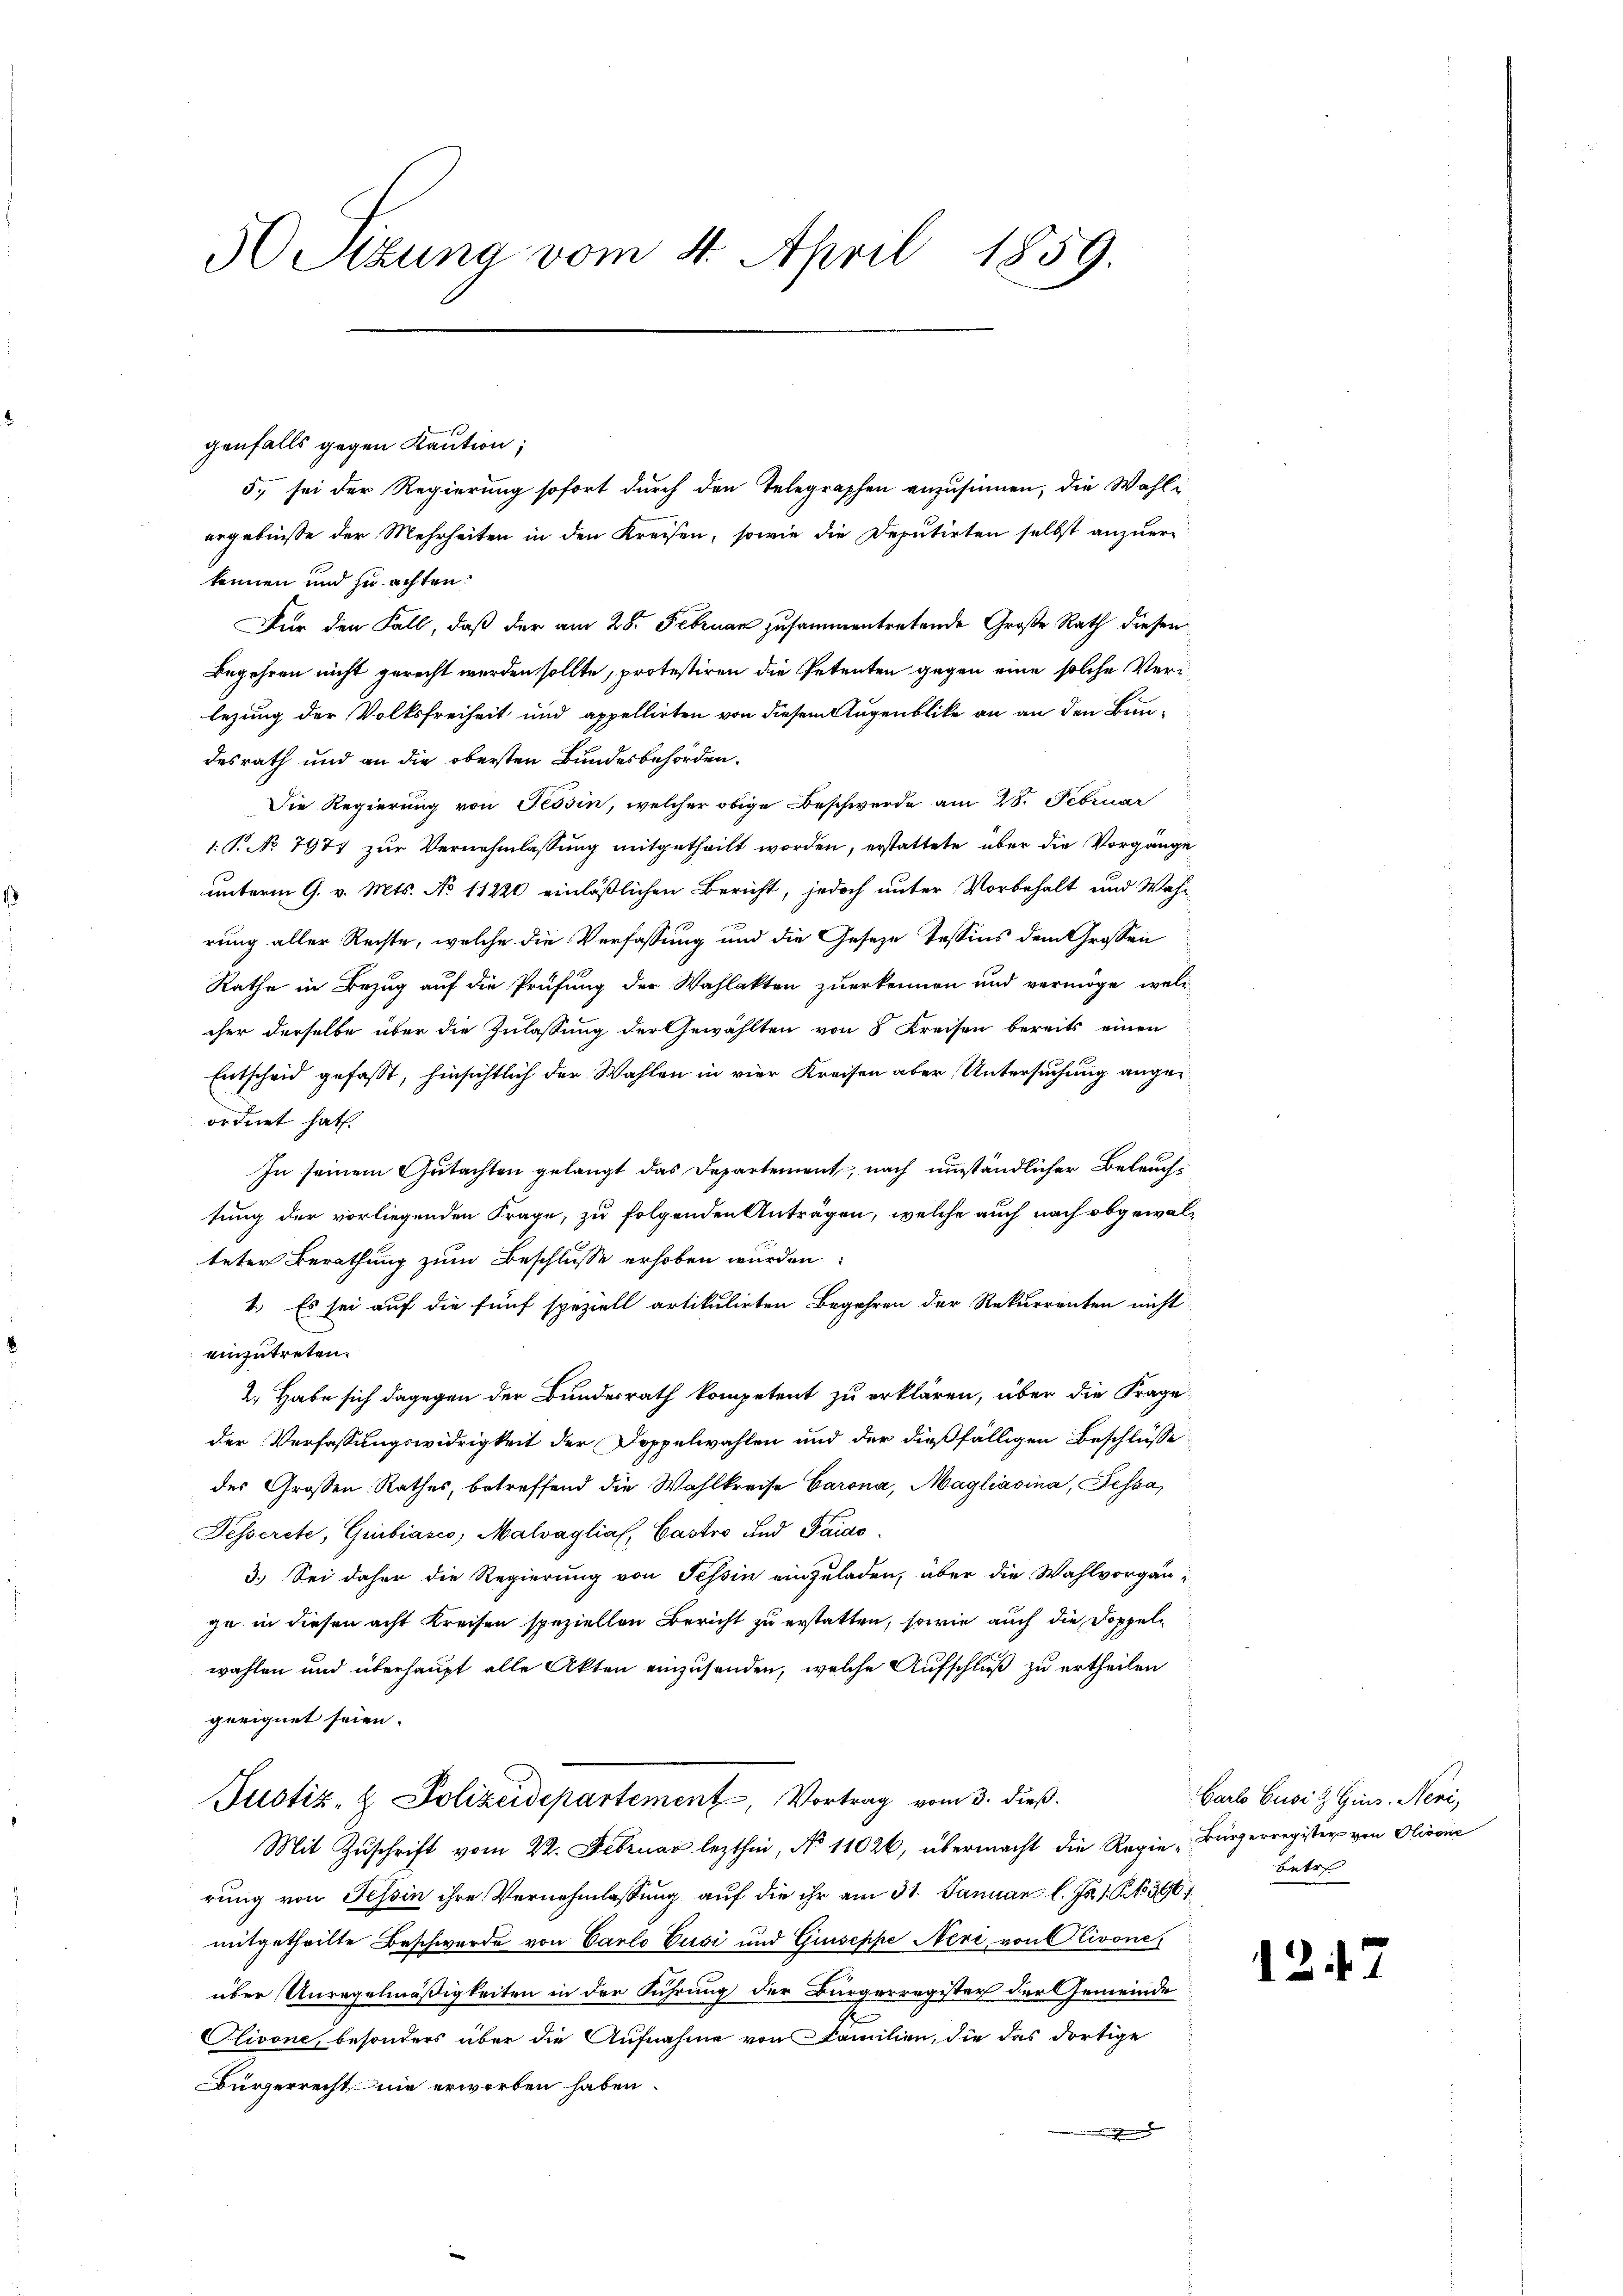
Setzung vom 4. April 1859.

genfalls gegen Kaution;
5. sei der Regierung sofort durch den Telegraphen anzusinnen, die Wahl i
ergebnisse der Mehrheiten in den Kreisen, sowie die Deputirten selbst anzuer-
kennen und zu achten.
Für den Fall, daß der am 28. Februar zusammentretende Große Rath diesen
Begehren nicht gerecht werden sollte, protestiren die Petenten gegen eine solche Verlezung der Volksfreiheit und appellirten von diesem Augenblicke an an den Bundesrath und an die obersten Bundesbehörden.
Die Regierung von Tessin, welcher obige Beschwerde am 28. Februar
1.P. No 7977 zur Vernehmlassung mitgetheilt worden, erstattete über die Vorgänge
unterm 9. v. Mts. No 11220 einläßlichen Bericht, jedoch unter Vorbehalt und Wahrrung aller Rechte, welche die Verfassung und die Geseze Tessins dem Grossen
Rathe in Bezug auf die Prüfung der Wahlakten zuerkennen und vermöge, welc
cher derselbe über die Zulassung der Gewählten von 8 Kreisen bereits einen
Entscheid gefaßt, hinsichtlich der Wahlen in vier Kreisen aber Untersuchung angeordnet hat.
In seinem Gutachten gelangt das Departement, nach umständlicher Beleuchtung der vorliegenden Frage, zu folgenden Anträgen, welche auch nach obgewalteter Berathung zum Beschlusse erhoben wurden:
1.) Es sei auf die fünf speziell artikulirten Begehren der Rekurrenten nicht
einzutreten.
2. Habe sich dagegen der Bundesrath kompetent zu erklären, über die Frageder Verfassungswidrigkeit der Doppelwahlen und der dießfälligen Beschlüsse
des Großen Rathes, betreffend die Wahlkreise Barona, Magliasina, Fessa,
Fesserete, Guibiasco, Malvaglia, Castro und Paido
3.) Sei daher die Regierung von Tessin einzuladen, über die Wahlvorgänge in diesen acht Kreisen speziellen Bericht zu erstatten, sowie auch die Doppelwahlen und überhaupt alle Akten einzusenden, welche Aufschluß zu ertheilen
geeignet seien.
Justiz- & Polizeidepartement, Vortrag vom 3. dieß.
Mit Zŭschrift vom 22. Februar lezthin, No 11026, übermacht die Regie „Bürgerregister von Olivone
rung von Tessin ihre Vernehmlassung auf die ihr am 31. Januar l. Js. s. S. 1396
mitgetheilte Beschwerde von Carlo Cusi und Giuseppe Neri, von Olivone
über Unregelmäßigkeiten in der Führung der Bürgerregister der Gemeinde
Plivone, besonders über die Aufnahme von Familien, die das dortige
Bürgerrecht nie erworben haben.

Carl Gusiz Gins. Nevi,
betr

12